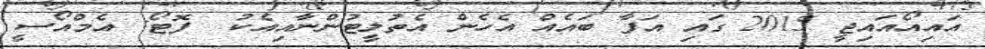
އައިއޯއައިޖީ 2015 ގައި އަފާ ބައެއް އެހެން އެތުލީޓުންނާއިއެކު  ފޮޓޯ: އެމްއޯސީ